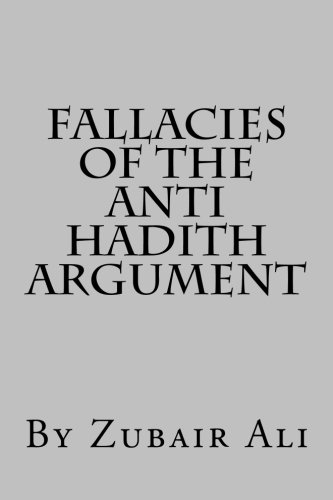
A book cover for Fallacies of the Anti Hadith argument; Mr Zubair Ali; Religion & Spirituality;